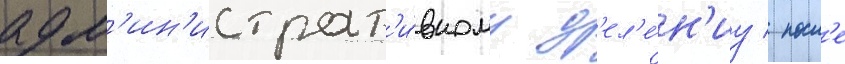
адм'ин'истрат'и́вному д'ел'е́н'иу / посл'е